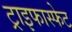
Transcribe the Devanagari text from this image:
ट्राइफास्फेट